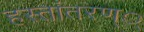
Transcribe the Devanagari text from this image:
हस्तांतरण््